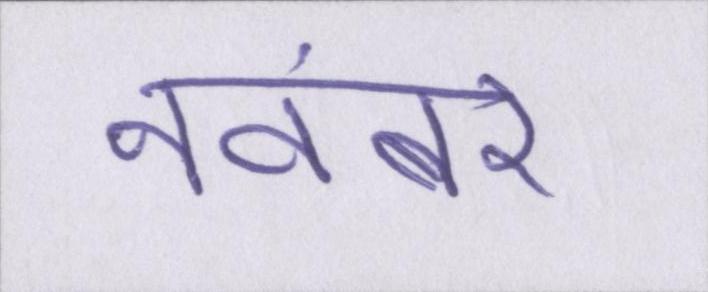
नवंबर